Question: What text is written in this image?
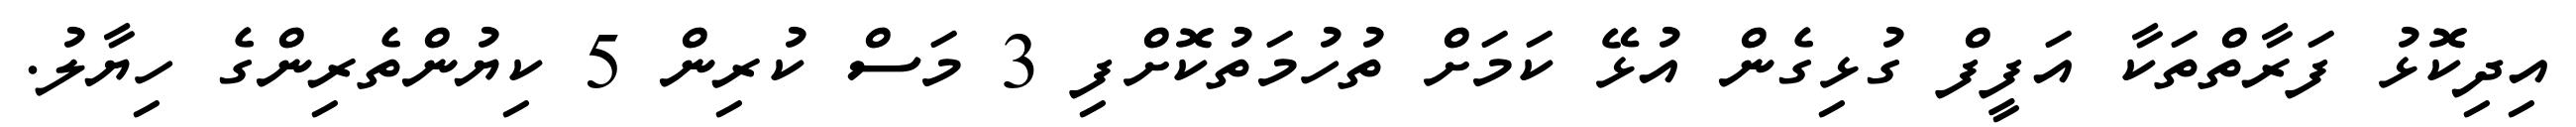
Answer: އިދިކޮޅު ފަރާތްތަކާ އަފީފް ގުޅިގެން އުޅޭ ކަމަށް ތުހުމަތުކޮށްފި 3 މަސް ކުރިން 5 ކިޔުންތެރިންގެ ހިޔާލު.